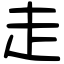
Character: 走